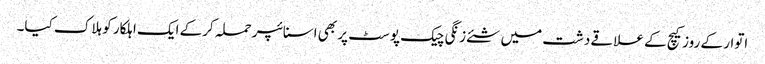
اتوار کے روزکیچ کے علاقے دشت میں شئے زنگی چیک پوسٹ پر بھی اسنائپر حملہ کرکے ایک اہلکار کو ہلاک کیا۔